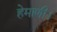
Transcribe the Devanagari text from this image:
हेमाणी।